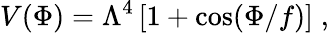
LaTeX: V(\Phi)=\Lambda^{4}\left[1+\cos(\Phi/f)\right]\; ,